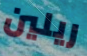
ريلين